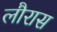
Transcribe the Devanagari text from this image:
लौरास